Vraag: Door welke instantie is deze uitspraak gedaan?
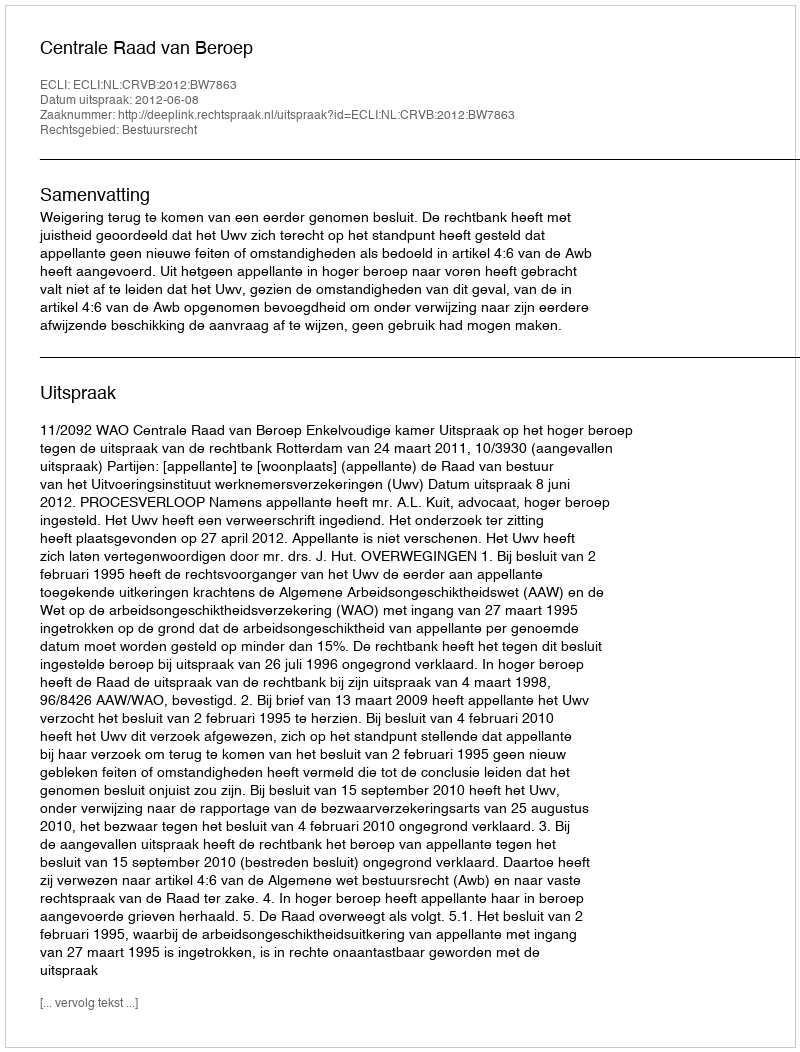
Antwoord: Centrale Raad van Beroep